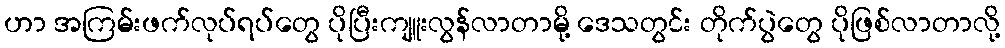
ဟာ အကြမ်းဖက်လုပ်ရပ်တွေ ပိုပြီးကျူးလွန်လာတာမို့ ဒေသတွင်း တိုက်ပွဲတွေ ပိုဖြစ်လာတာလို့